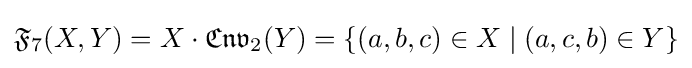
{\mathfrak {F}}_{7}(X,Y)=X\cdot {\mathfrak {Cnv}}_{2}(Y)=\{(a,b,c)\in X\mid (a,c,b)\in Y\}